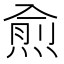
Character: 𭵙